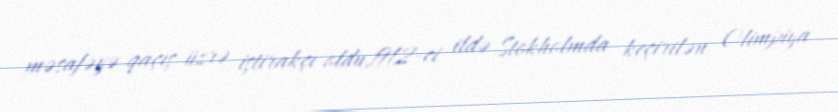
məsafəyə qaçış üzrə iştirakçı oldu,1912-ci ildə Stokholmda keçirilən Olimpiya